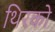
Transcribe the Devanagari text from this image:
थिरको